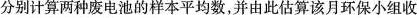
分别计算两种废电池的样本平均数，并由此估算该月环保小组收